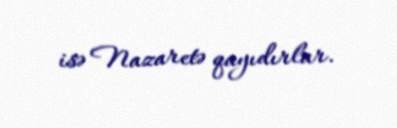
isə Nazaretə qayıdırlar.